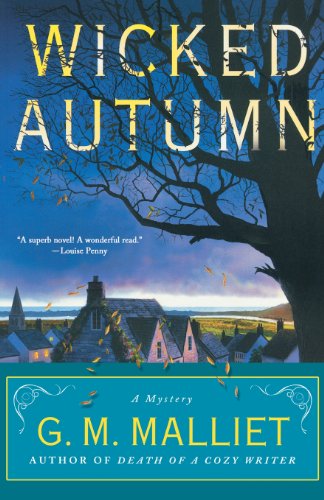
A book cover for Wicked Autumn: A Max Tudor Novel; G. M. Malliet; Mystery, Thriller & Suspense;